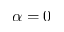
\alpha = 0